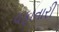
વફાતારી